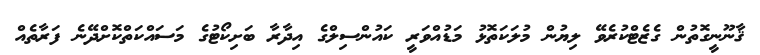
ޤާނޫނީގޮތުން ގެޒެޓްކުރެވޭ ލިޔުން މުލަކަތޮޅު މަޑުއްވަރީ ކައުންސިލްގެ އިދާރާ ބަށިކޯޓުގެ މަސައްކަތްކޮށްދޭނެ ފަރާތެއް